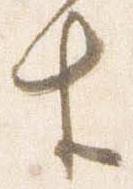
生